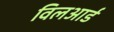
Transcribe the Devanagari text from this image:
विलआर्ड